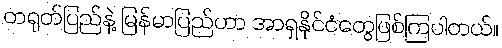
တရုတ်ပြည်နဲ့ မြန်မာပြည်ဟာ အာရှနိုင်ငံတွေဖြစ်ကြပါတယ်။